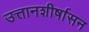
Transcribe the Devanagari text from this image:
उत्तानशीर्षासन